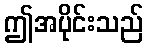
ဤအပိုင်းသည်